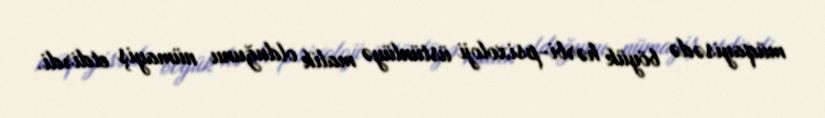
müqayisədə böyük hərbi-psixoloji üstünlüyə malik olduğunu nümayiş etdirdi.